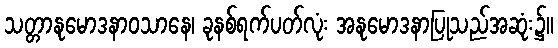
သတ္တာနုမောဒနာဝသာနေ၊ ခုနစ်ရက်ပတ်လုံး အနုမောဒနာပြုသည်အဆုံး၌။